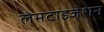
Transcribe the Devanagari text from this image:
लेमटाइजेशन